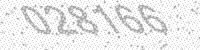
Solution: 028166